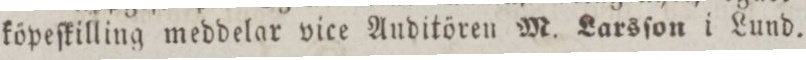
köpeſkilling meddelar vice Anditören M. Larsſon i Lund.